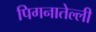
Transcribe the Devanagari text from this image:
पिगनातेल्ली